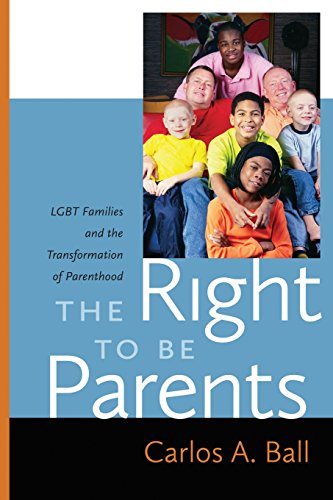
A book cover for The Right to Be Parents: LGBT Families and the Transformation of Parenthood; Carlos A. Ball; Law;